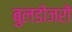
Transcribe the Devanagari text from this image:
बुलडोजरों